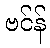
ဗင်န်